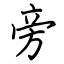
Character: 旁